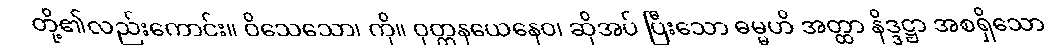
တို့၏လည်းကောင်း။ ဝိသေသော၊ ကို။ ဝုတ္တနယေနေဝ၊ ဆိုအပ် ပြီးသော ဓမ္မဟိ အတ္ထာ နိဒ္ဒဋ္ဌာ အစရှိသော